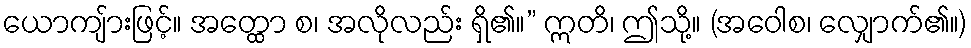
ယောကျ်ားဖြင့်။ အတ္ထော စ၊ အလိုလည်း ရှိ၏။” ဣတိ၊ ဤသို့။ (အဝေါစ၊ လျှောက်၏။)